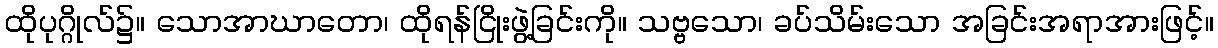
ထိုပုဂ္ဂိုလ်၌။ သောအာဃာတော၊ ထိုရန်ငြိုးဖွဲ့ခြင်းကို။ သဗ္ဗသော၊ ခပ်သိမ်းသော အခြင်းအရာအားဖြင့်။